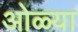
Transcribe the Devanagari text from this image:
ओळ्या